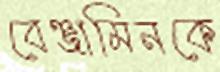
বেঞ্জামিনকে